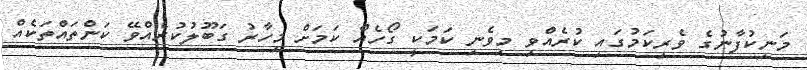
މަނިކުފާނުގެ ވެރިކަމުގައި ކުރެއްވި މިވެނި ކަމަކީ ގޯހެއް ކަމަށް މިހާރު ގަބޫލުކުރެއްވޭ ކަންތައްތަކެއް